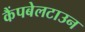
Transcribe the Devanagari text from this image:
कैंपबेलटाउन